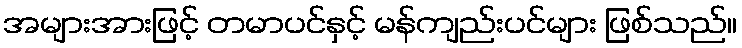
အများအားဖြင့် တမာပင်နှင့် မန်ကျည်းပင်များ ဖြစ်သည်။